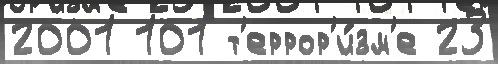
2001 101 т'еррор'и́зм'е 23